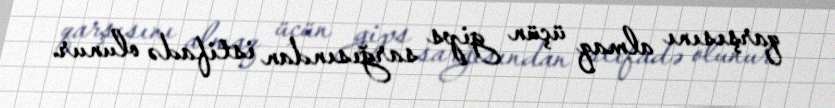
qarşısını almaq üçün gips sarğısından istifadə olunur.